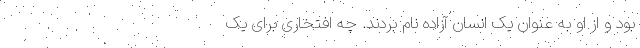
بود و از او به عنوان یک انسان آزاده نام بردند. چه افتخاری برای یک